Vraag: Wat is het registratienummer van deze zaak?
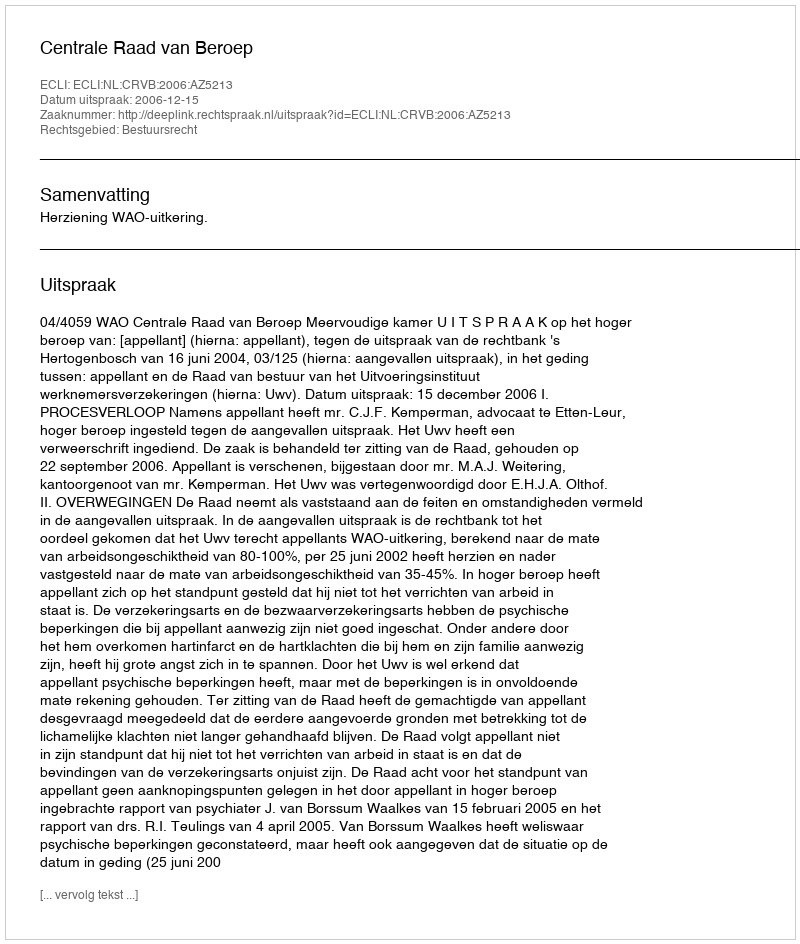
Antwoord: http://deeplink.rechtspraak.nl/uitspraak?id=ECLI:NL:CRVB:2006:AZ5213